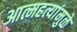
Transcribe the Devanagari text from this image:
आत्महत्यांमुळे